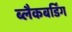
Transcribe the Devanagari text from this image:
ब्लैकबर्डिंग